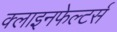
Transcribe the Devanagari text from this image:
क्लाइनफेल्टर्स